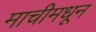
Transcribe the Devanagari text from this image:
माचीमधून